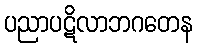
ပညာပဋိလာဘဂတေန